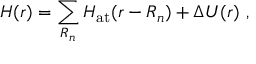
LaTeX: H ( { \boldsymbol { r } } ) = \sum _ { \boldsymbol { R _ { n } } } H _ { \mathrm { a t } } ( { \boldsymbol { r - R _ { n } } } ) + \Delta U ( { \boldsymbol { r } } ) \ ,